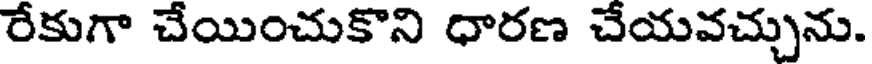
రేకుగా చేయించుకొని ధారణ చేయవచ్చును.